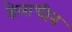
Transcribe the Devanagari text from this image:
श्रेत्राधीन